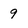
Character: 9